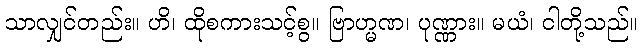
သာလျှင်တည်း။ ဟိ၊ ထိုစကားသင့်စွ။ ဗြာဟ္မဏ၊ ပုဏ္ဏား။ မယံ၊ ငါတို့သည်။